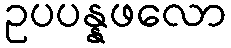
ဥပပန္နဖလော